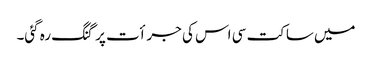
میں ساکت سی اس کی جرأت پر گنگ رہ گئی۔